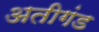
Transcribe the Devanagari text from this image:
अतीगंड